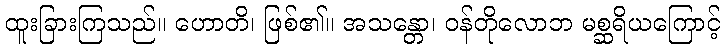
ထူးခြားကြသည်။ ဟောတိ၊ ဖြစ်၏။ အသန္တော၊ ဝန်တိုလောဘ မစ္ဆရိယကြောင့်